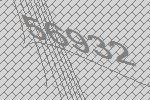
56932